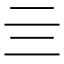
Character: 亖